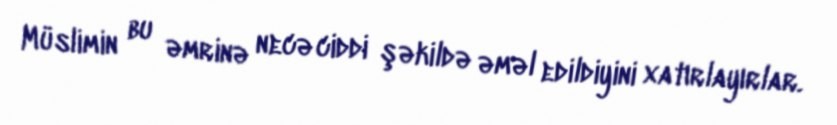
Müslimin bu əmrinə necə ciddi şəkildə əməl edildiyini xatırlayırlar.